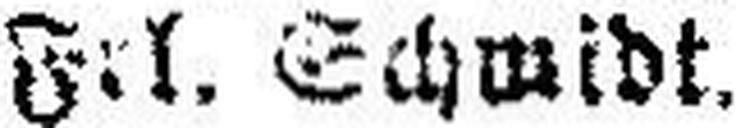
Frl. Schwidt.